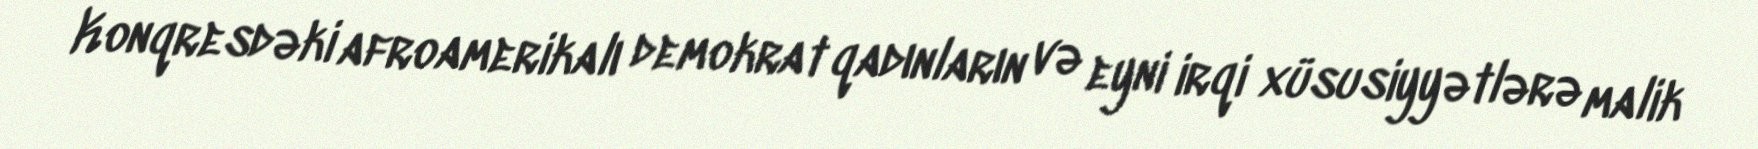
Konqresdəki afroamerikalı demokrat qadınların və eyni irqi xüsusiyyətlərə malik